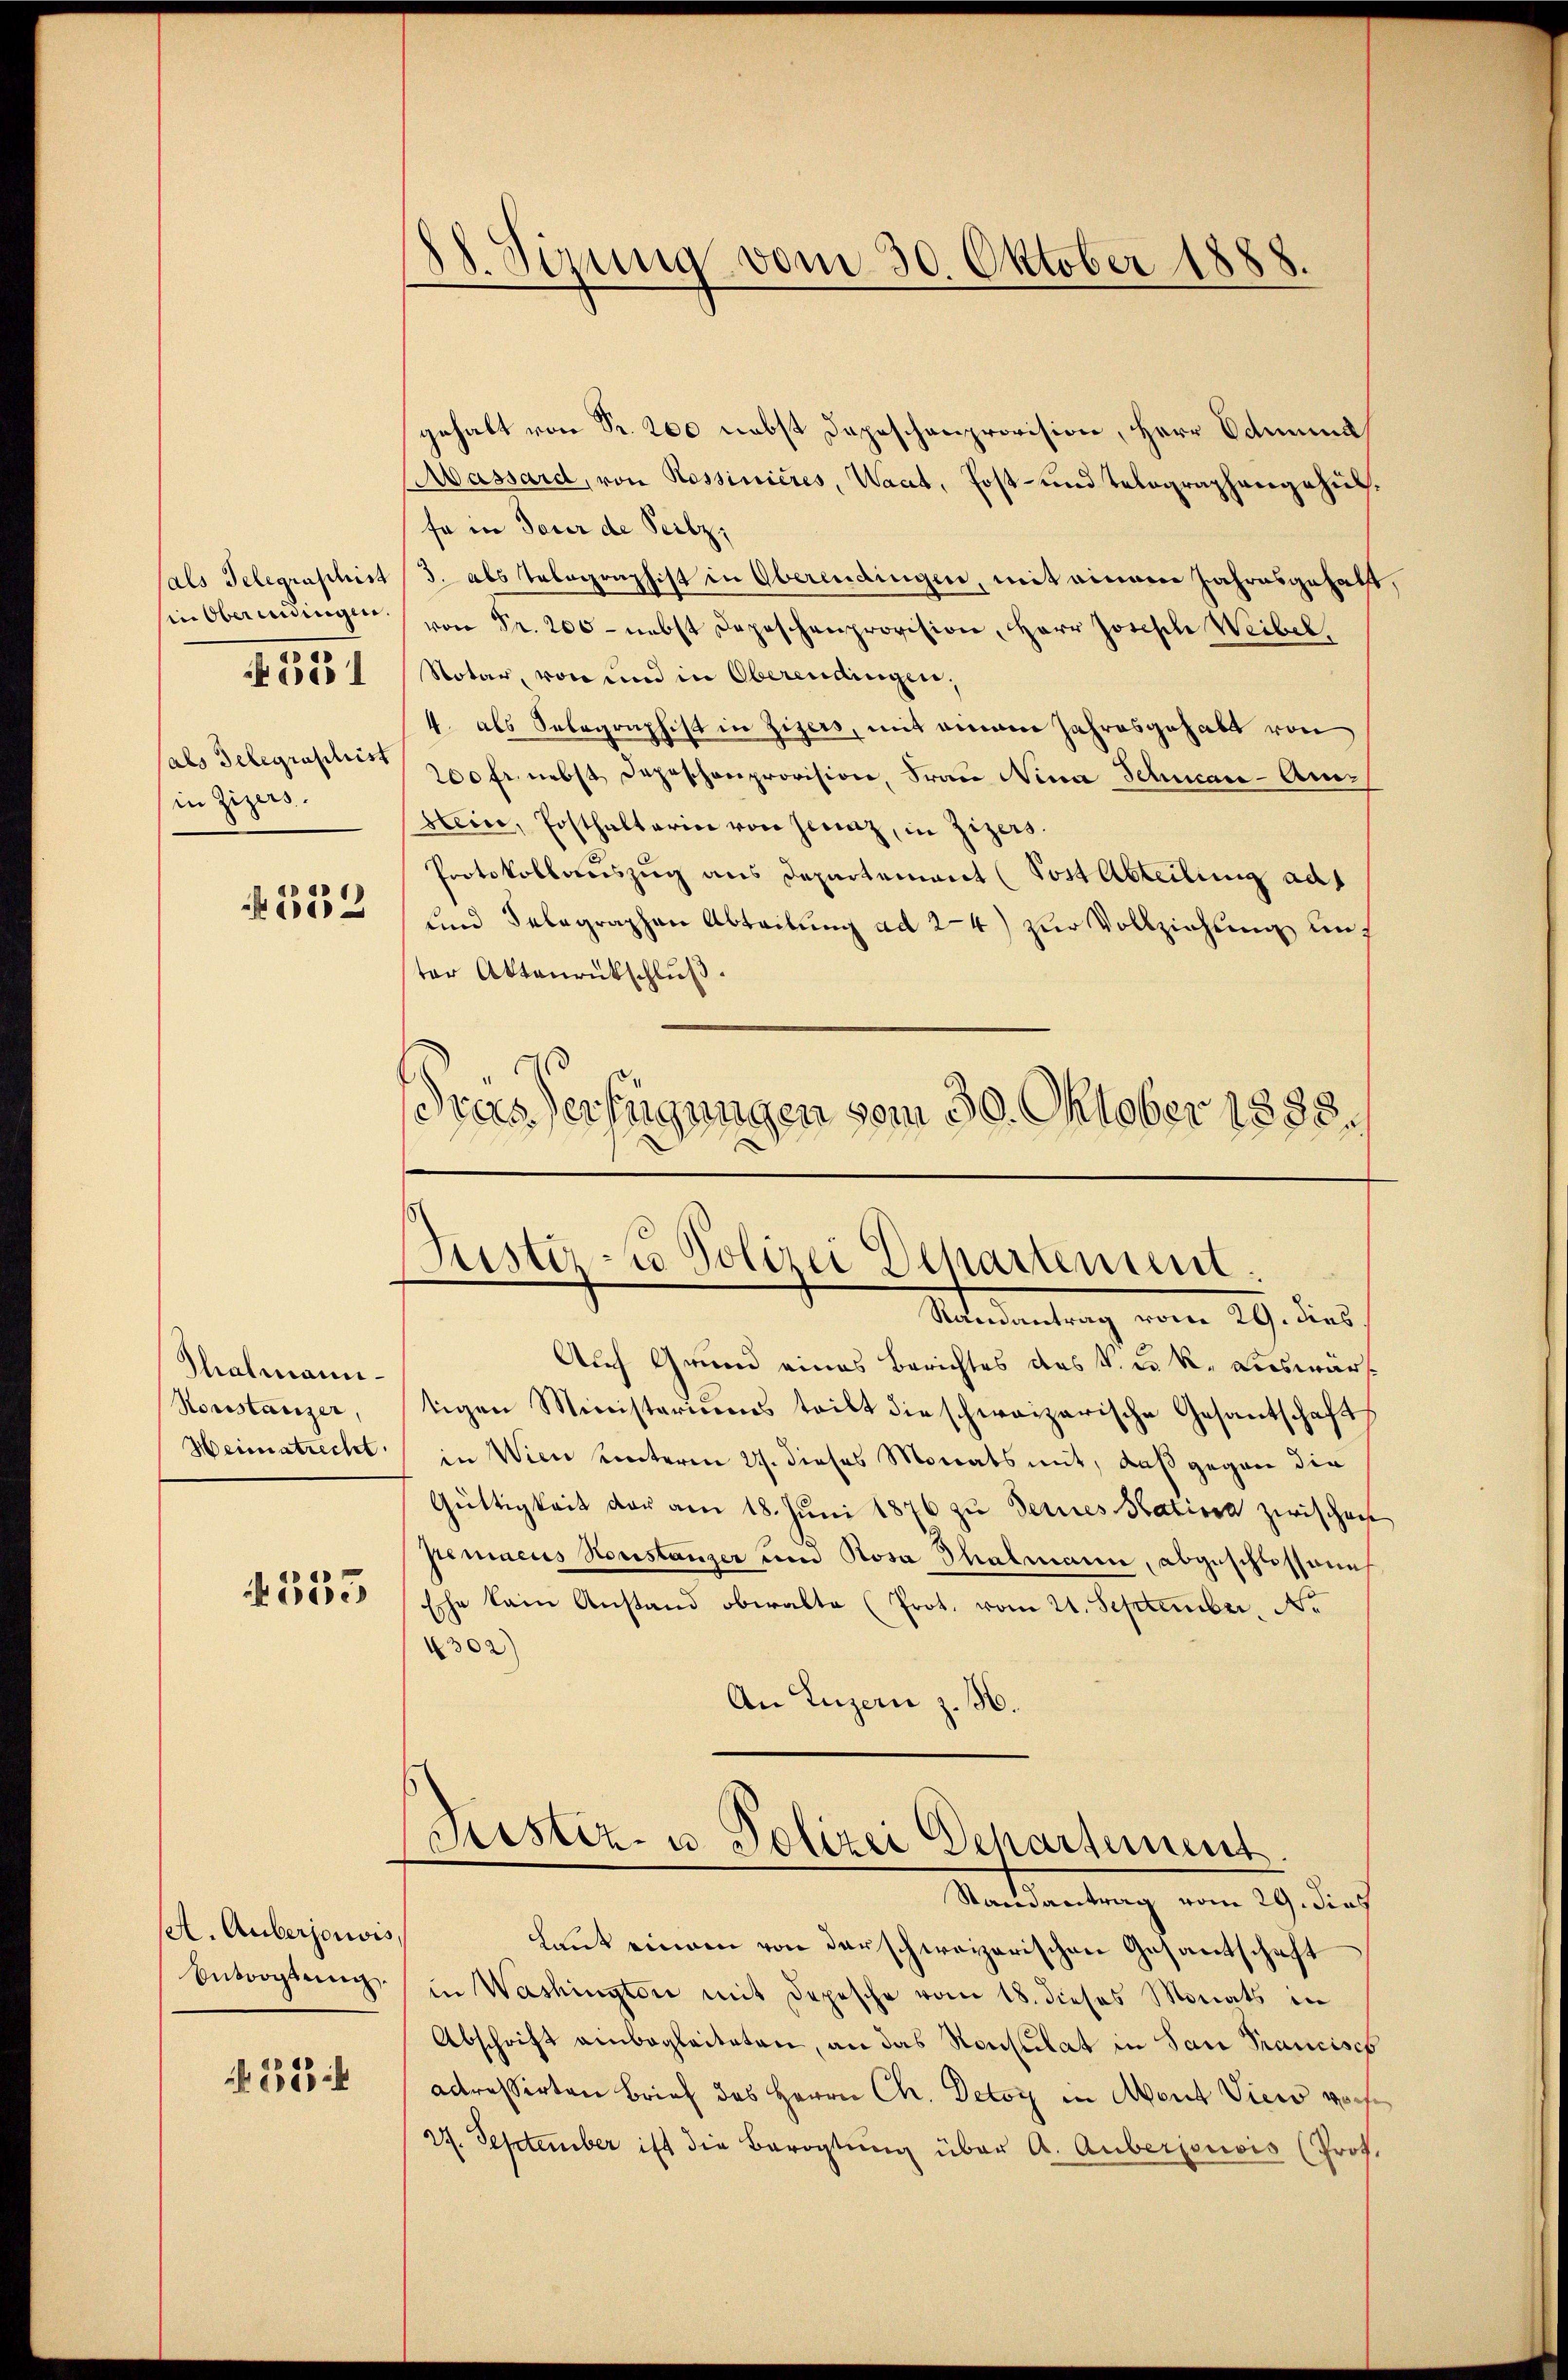
sin Oberendingen
in Zizers.

551

N 332

Thalmann¬
Noustanzer,
Heimatrecht.

355

A. Auberjouvis,
Entvogtung,

238 f

88. Sizung vom 30. Oktober 1888.

gehalt von Fr. 200 nebst Depeschenprovision, Herr Edmund
Massard, von Rossinicres, Waat, Post- und Telegraphengehülfe in dauer de Seitz,
sals Telegraphist (3. als Telegenshist in Oberendingen, mit einem Jahresgehalt,
von Fr. 200 - nebst Depeschenprovision, Herr Joseph Weibel,
Notar, von und in Oberendingen,
4. als Selographist in Zizers, mit einem Jahresgehabt von
sals Gelegraptier 200 fr. nebst Depeschenprovision, Frau Nina Schwan-Anslein, Ersthalterin von Jenaz, in Zizers.
Protokollauszug aus Departement (Post Abteilung ad
und Selegraphen Abteilung ad 24) zur Vollziehung unt
ter Aktenrückschluß.
sres Verfügungen vom 30. Oktober 1888.

Geister - Polizei Departement.
Randantrag vom 29. dies.

Auf Grund eines Berichtes das k. k. k. auswärtigen Ministeriums teilt die schweizerische Gesantschaft
in Wien unterm 21. dieses Monats mit, daß gegen die
Güttigkeit der am 18. Jŭni 1876 zu Bernes Stativa zwischen
Jenaeus Noustanzer um Rosa Thalmann, abgeschlossene
Ehe kein Anstand obwalte (Prot. vom 21. September. Ne
302)
An Luzern z. 56.
Justiz- u. Polizei Departement.
Randantrag vom 29. dies
laut einem von derschweizerischen Gesantschaft
in Washington mit Depesche vom 18. dieses Monats in
Abschrift einbegleiteten, an das Nouscitat in San Francisch
adressirten Brief des Herrn Ch. Detor in Mont Viero vorhe
27. September ist die Bevogtung über A. Auberjouvis (Prof.